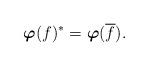
LaTeX: \begin{align*}\boldsymbol{\varphi}(f)^* = \boldsymbol{\varphi}(\overline{f}).\end{align*}